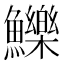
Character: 鱳